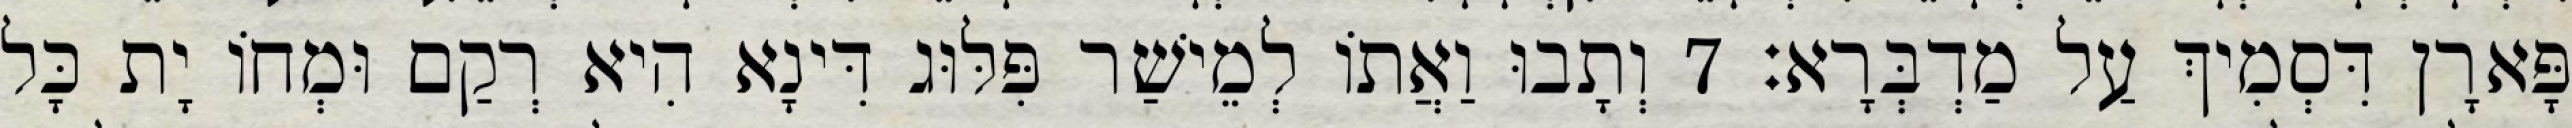
פָּארָן דִּסְמִיךְ עַל מַדְבְּרָא׃ 7 וְתָבוּ וַאֲתוֹ לְמֵישַׁר פִּלּוּג דִּינָא הִיא רְקַם וּמְחוֹ יָת כָּל